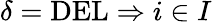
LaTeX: \delta=\mathrm{DEL}\Rightarrow i\in I